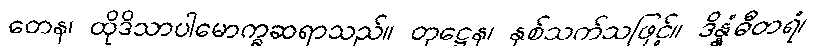
တေန၊ ထိုဒိသာပါမောက္ခဆရာသည်။ တုဋ္ဌေန၊ နှစ်သက်သဖြင့်။ ဒိန္နံဓီတရံ၊